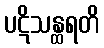
ပဋိသန္ထရတိ